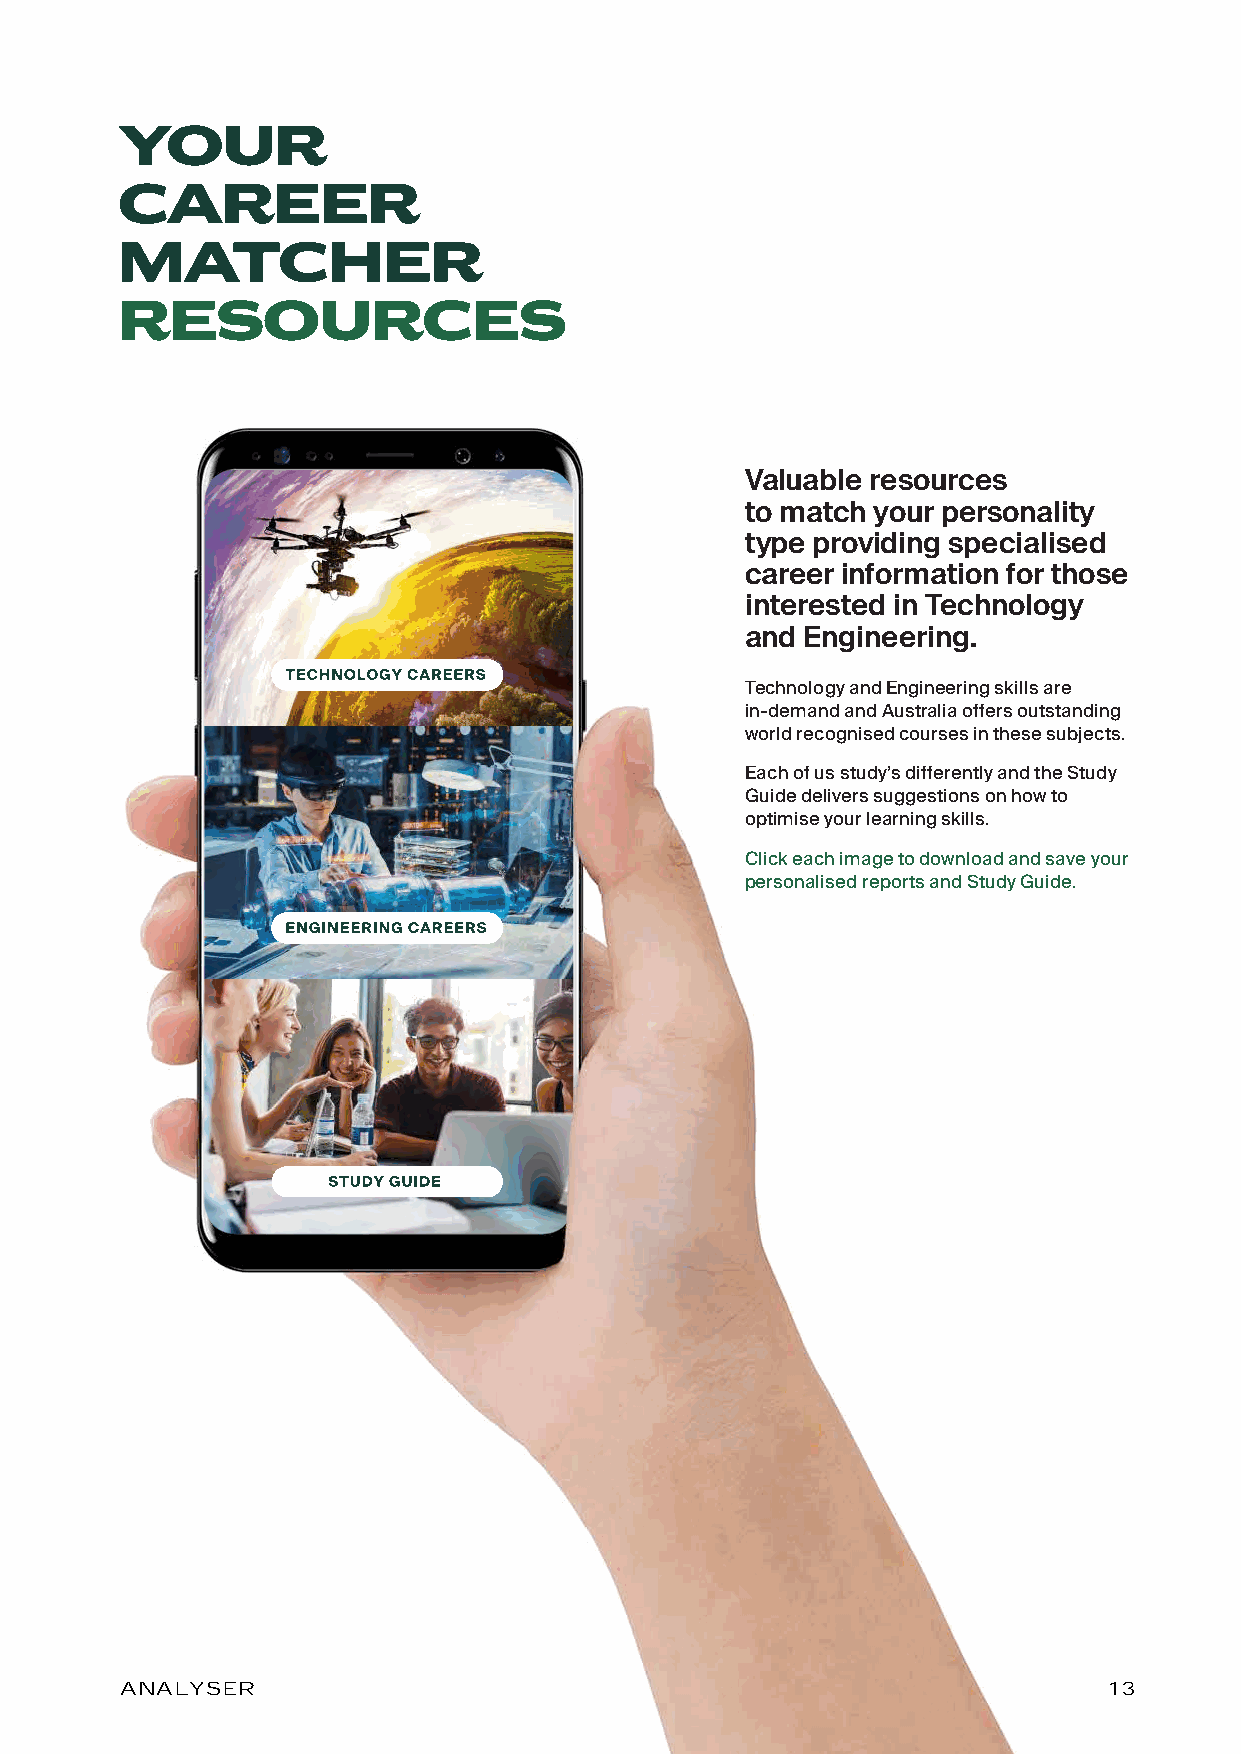
YOUR
 CAREER
 MATCHER
 RESOURCES
 Valuable resources
 to match your personality
 type providing specialised
 career information for those
 interested in Technology
 and Engineering.
 Technology and Engineering skills are
 in-demand and Australia offers outstanding
 world recognised courses in these subjects.
 Each of us study’s differently and the Study
 Guide delivers suggestions on how to
 optimise your learning skills.
 Click each image to download and save your
 personalised reports and Study Guide.
 ANALYSER                                                         13